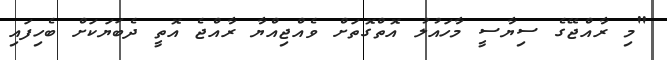
"މި ރާއްޖޭގެ ސިޔާސީ މާހައުލު އޮތްގޮތަށް ވެއްޖިއްޔާ ރާއްޖެ އޮތީ ދެބަޔަކަށް ބެހިފައި